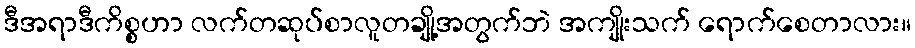
ဒီအရာဒီကိစ္စဟာ လက်တဆုပ်စာလူတချို့အတွက်ဘဲ အကျိုးသက် ရောက်စေတာလား။